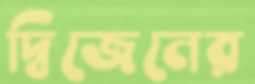
দ্বিজেনের